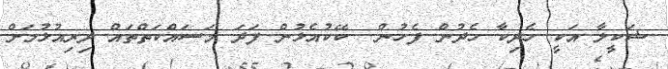
ޝަކީލާ އަކީ ހެދިކާ ހެދުން ފެހުން  ކޭކުއެޅުން ފަދަ މަސައްކަތްތައް ދިރިއުޅުމަށް